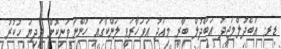
ޑރ. އަބްދުލްމަޖީދު އަބްދުލް ބާރީ މިއަދު އަވަހާރަވީ ލަންކާގައި ހުންނަވަނިކޮށް މިދިޔަ ހުކުރު